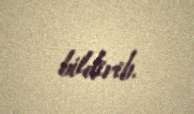
bildirib.